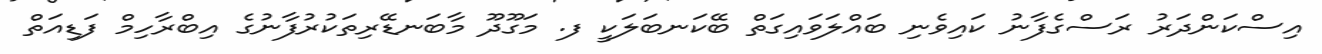
އިސްކަންދަރު ރަސްގެފާނު ކައިވެނި ބައްލަވައިގަތް ބޭކަނބަލަކީ ފ. މަގޫދޫ މާބަނޑޭރިތަކުރުފާނުގެ އިބްރާހިމް ފަޑިއަތް